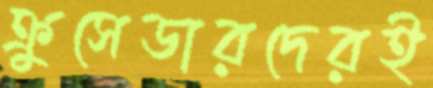
ক্রুসেডারদেরই